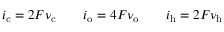
i _ { \mathrm { c } } = 2 F \nu _ { \mathrm { c } } \qquad i _ { \mathrm { o } } = 4 F \nu _ { \mathrm { o } } \qquad i _ { \mathrm { h } } = 2 F \nu _ { \mathrm { h } }